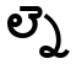
ల్నె